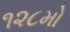
૧૨૮મો